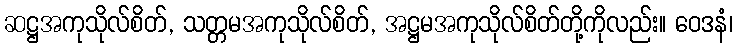
ဆဋ္ဌအကုသိုလ်စိတ်, သတ္တမအကုသိုလ်စိတ်, အဋ္ဌမအကုသိုလ်စိတ်တို့ကိုလည်း။ ဝေဒနံ၊